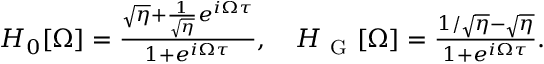
\begin{array} { r } { H _ { 0 } [ \Omega ] = \frac { \sqrt { \eta } + \frac { 1 } { \sqrt { \eta } } e ^ { i \Omega \tau } } { 1 + e ^ { i \Omega \tau } } , \quad H _ { \mathrm { ~ G ~ } } [ \Omega ] = \frac { 1 / \sqrt { \eta } - \sqrt { \eta } } { 1 + e ^ { i \Omega \tau } } . } \end{array}